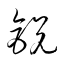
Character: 鋭